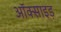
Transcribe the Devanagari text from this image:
ऑक्साइड़